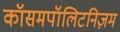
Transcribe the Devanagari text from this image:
कॉसमपॉलिटनिज़म